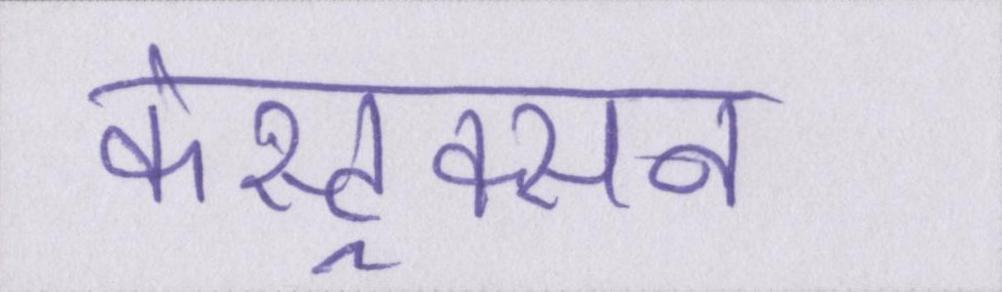
कंस्ट्रक्सन